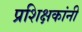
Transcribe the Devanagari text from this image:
प्रशिक्षकांनी